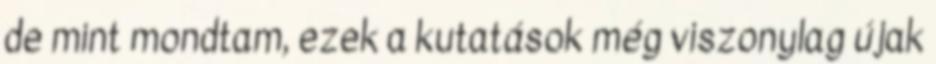
de mint mondtam, ezek a kutatások még viszonylag újak